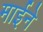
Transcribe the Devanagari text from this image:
माईने